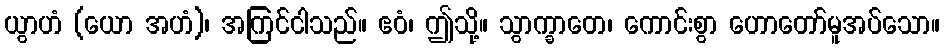
ယွာဟံ (ယော အဟံ)၊ အကြင်ငါသည်။ ဧဝံ၊ ဤသို့။ သွာက္ခာတေ၊ ကောင်းစွာ ဟောတော်မူအပ်သော။